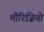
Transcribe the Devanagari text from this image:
मौरिज़ियो